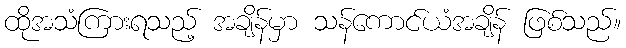
ထိုအသံကြားရသည့် အချိန်မှာ သန်ကောင်ယံအချိန် ဖြစ်သည်။